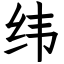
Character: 纬